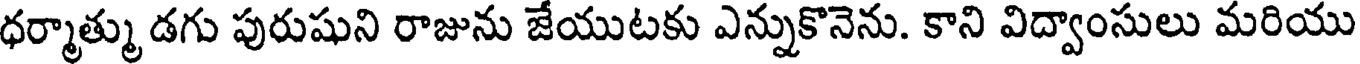
ధర్మాత్ము డగు పురుషుని రాజును జేయుటకు ఎన్నుకొనెను. కాని విద్వాంసులు మరియు